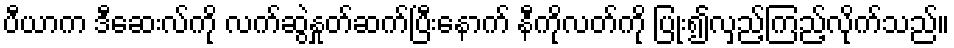
ပီယာက ဒီဆေးလ်ကို လက်ဆွဲနှုတ်ဆက်ပြီးနောက် နီကိုလတ်ကို ပြုံး၍လှည့်ကြည့်လိုက်သည်။